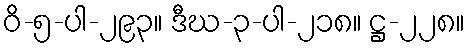
ဝိ-၅-ပါ-၂၉၃။ ဒီဃ-၃-ပါ-၂၁၈။ ဋ္ဌ-၂၂၈။